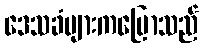
ဒေသခံများကပြောသည်